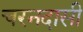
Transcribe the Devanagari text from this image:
चरनदासी